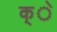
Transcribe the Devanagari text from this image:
क्े